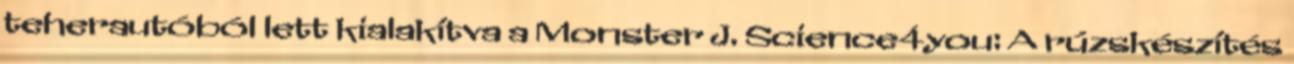
teherautóból lett kialakítva a Monster J. Science4you: A rúzskészítés